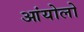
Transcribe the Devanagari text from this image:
आंयोलो